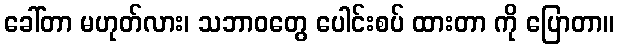
ခေါ်တာ မဟုတ်လား၊ သဘာဝတွေ ပေါင်းစပ် ထားတာ ကို ပြောတာ။